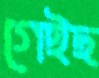
গেইছ